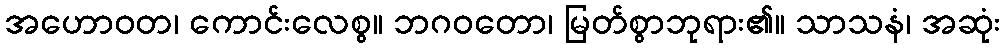
အဟောဝတ၊ ကောင်းလေစွ။ ဘဂဝတော၊ မြတ်စွာဘုရား၏။ သာသနံ၊ အဆုံး